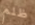
ظلم